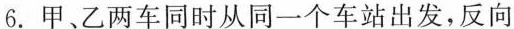
6. 甲、乙两车同时从同一个车站出发，反向